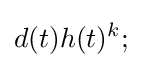
d(t)h(t)^{k};